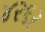
૪૨૬૨